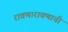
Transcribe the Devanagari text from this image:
रावण।रावणाची